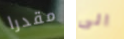
مقدرا الى